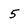
Character: 5